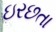
ઇરછતા